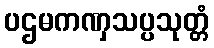
ပဌမကဏှသပ္ပသုတ္တံ